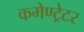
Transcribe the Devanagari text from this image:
कमेण्ट्रेटर